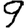
Digit: 9